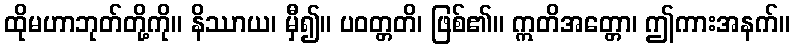
ထိုမဟာဘုတ်တို့ကို။ နိဿာယ၊ မှီ၍။ ပဝတ္တတိ၊ ဖြစ်၏။ ဣတိအတ္တော၊ ဤကားအနက်။